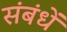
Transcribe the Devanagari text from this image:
संबंधें